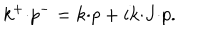
k ^ { + } { \cdot } p ^ { - } = k { \cdot } p + i k { \cdot } J { \cdot } p .